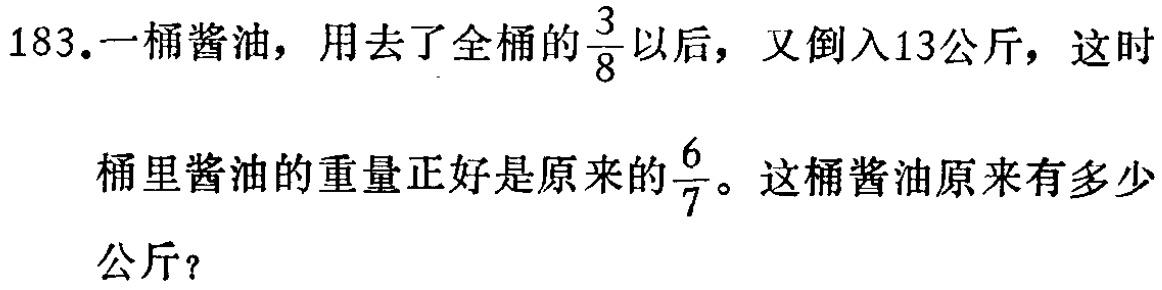
183.一桶酱油，用去了全桶的$\frac{3}{8}$以后，又倒入13公斤，这时

桶里酱油的重量正好是原来的$\frac{6}{7}$。这桶酱油原来有多少

公斤？